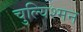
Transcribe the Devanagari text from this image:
चुल्यिश्मन